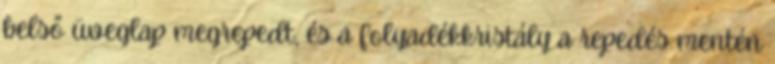
belső üveglap megrepedt, és a folyadékkristály a repedés mentén